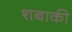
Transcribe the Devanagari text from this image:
शबाकी